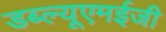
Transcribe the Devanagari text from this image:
डब्ल्यूएमईजी